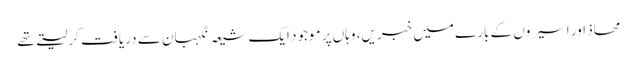
محاذ اور اسیروں کے بارے میں خبریں، وہاں پر موجود ایک شیعہ نگہبان سے دریافت کرلیتے تھے